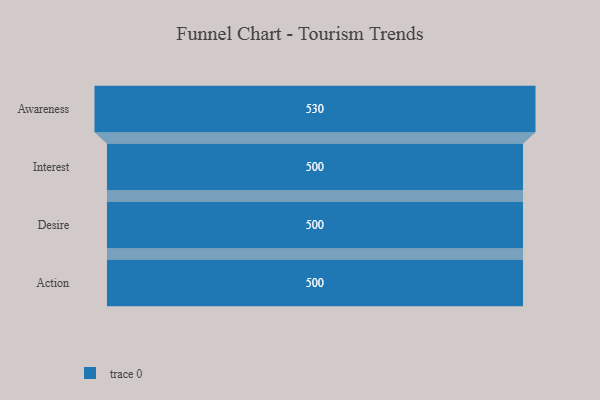
{"axis": {"x": "Stage", "y": "Value"}, "legend": [""], "data": [{"x": "Awareness", "y": 530.0, "type": ""}, {"x": "Interest", "y": 500, "type": ""}, {"x": "Desire", "y": 500, "type": ""}, {"x": "Action", "y": 500, "type": ""}]}